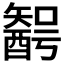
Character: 𨢰